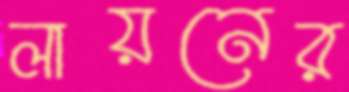
লায়নের